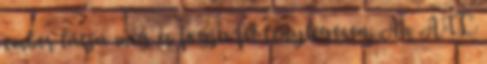
ember látja meg és fogja fel ténylegesen. Az ATL